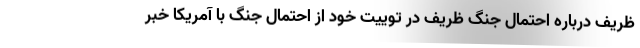
ظریف درباره احتمال جنگ ظریف در توییت خود از احتمال جنگ با آمریکا خبر